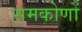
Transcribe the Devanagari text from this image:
समकोणों